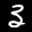
Label: 3